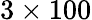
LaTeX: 3\times 100